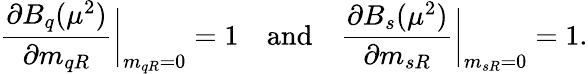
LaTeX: \frac{\partial B_{q}(\mu^{2})}{\partial m_{qR}}\bigg|_{m_{qR}=0}=1\quad\mathrm{and}\quad\frac{\partial B_{s}(\mu^{2})}{\partial m_{sR}}\bigg|_{m_{sR}=0}=1.